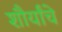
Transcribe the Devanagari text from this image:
शौर्यांचे